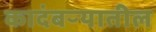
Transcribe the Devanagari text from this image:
कादंबऱ्यातील